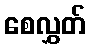
စေလွှတ်